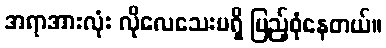
အရာအားလုံး လိုလေသေးမရှိ ပြည့်စုံနေတယ်။